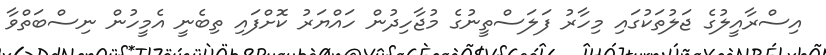
އިސްރާއީލުގެ ޖަލުތަކުގައި މިހާރު ފަލަސްތީނުގެ މުޖާހިދުން ހައްޔަރު ކޮށްފައި ތިބެނީ އެމީހުން ނިސްބަތްވާ